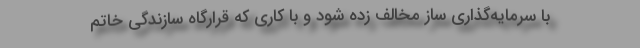
با سرمایه‌گذاری ساز مخالف زده شود و با کاری که قرارگاه سازندگی خاتم